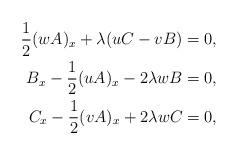
LaTeX: \begin{align*} \frac{1}{2}(w A)_{x}+\lambda(uC-vB)=0, \\ B_{x}-\frac{1}{2}(u A)_{x}-2\lambda w B=0,\\ C_{x}-\frac{1}{2}(v A)_{x}+2\lambda w C=0,\\ \end{align*}